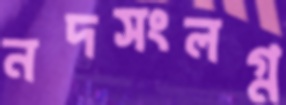
নদসংলগ্ন